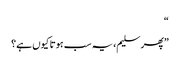
“
”پھر سلیم، یہ سب ہوتا کیوں ہے؟